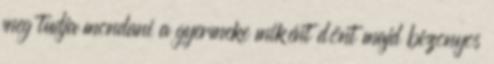
meg tudja mondani a gyermeke miként dönt majd bizonyos